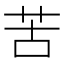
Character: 苦